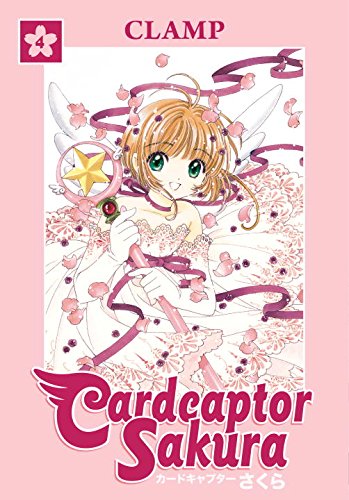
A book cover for Cardcaptor Sakura Omnibus, Book 4; CLAMP; Children's Books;